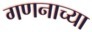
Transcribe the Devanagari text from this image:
गणनाच्या